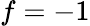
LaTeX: f=-1